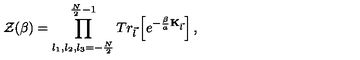
{ \cal Z } ( \beta ) = \prod _ { l _ { 1 } , l _ { 2 } , l _ { 3 } = - \frac { N } { 2 } } ^ { \frac { N } { 2 } - 1 } T r _ { \vec { l } } \left[ e ^ { - \frac { \beta } { a } { \bf K } _ { \vec { l } } } \right] ,